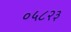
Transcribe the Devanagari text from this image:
०५८२३